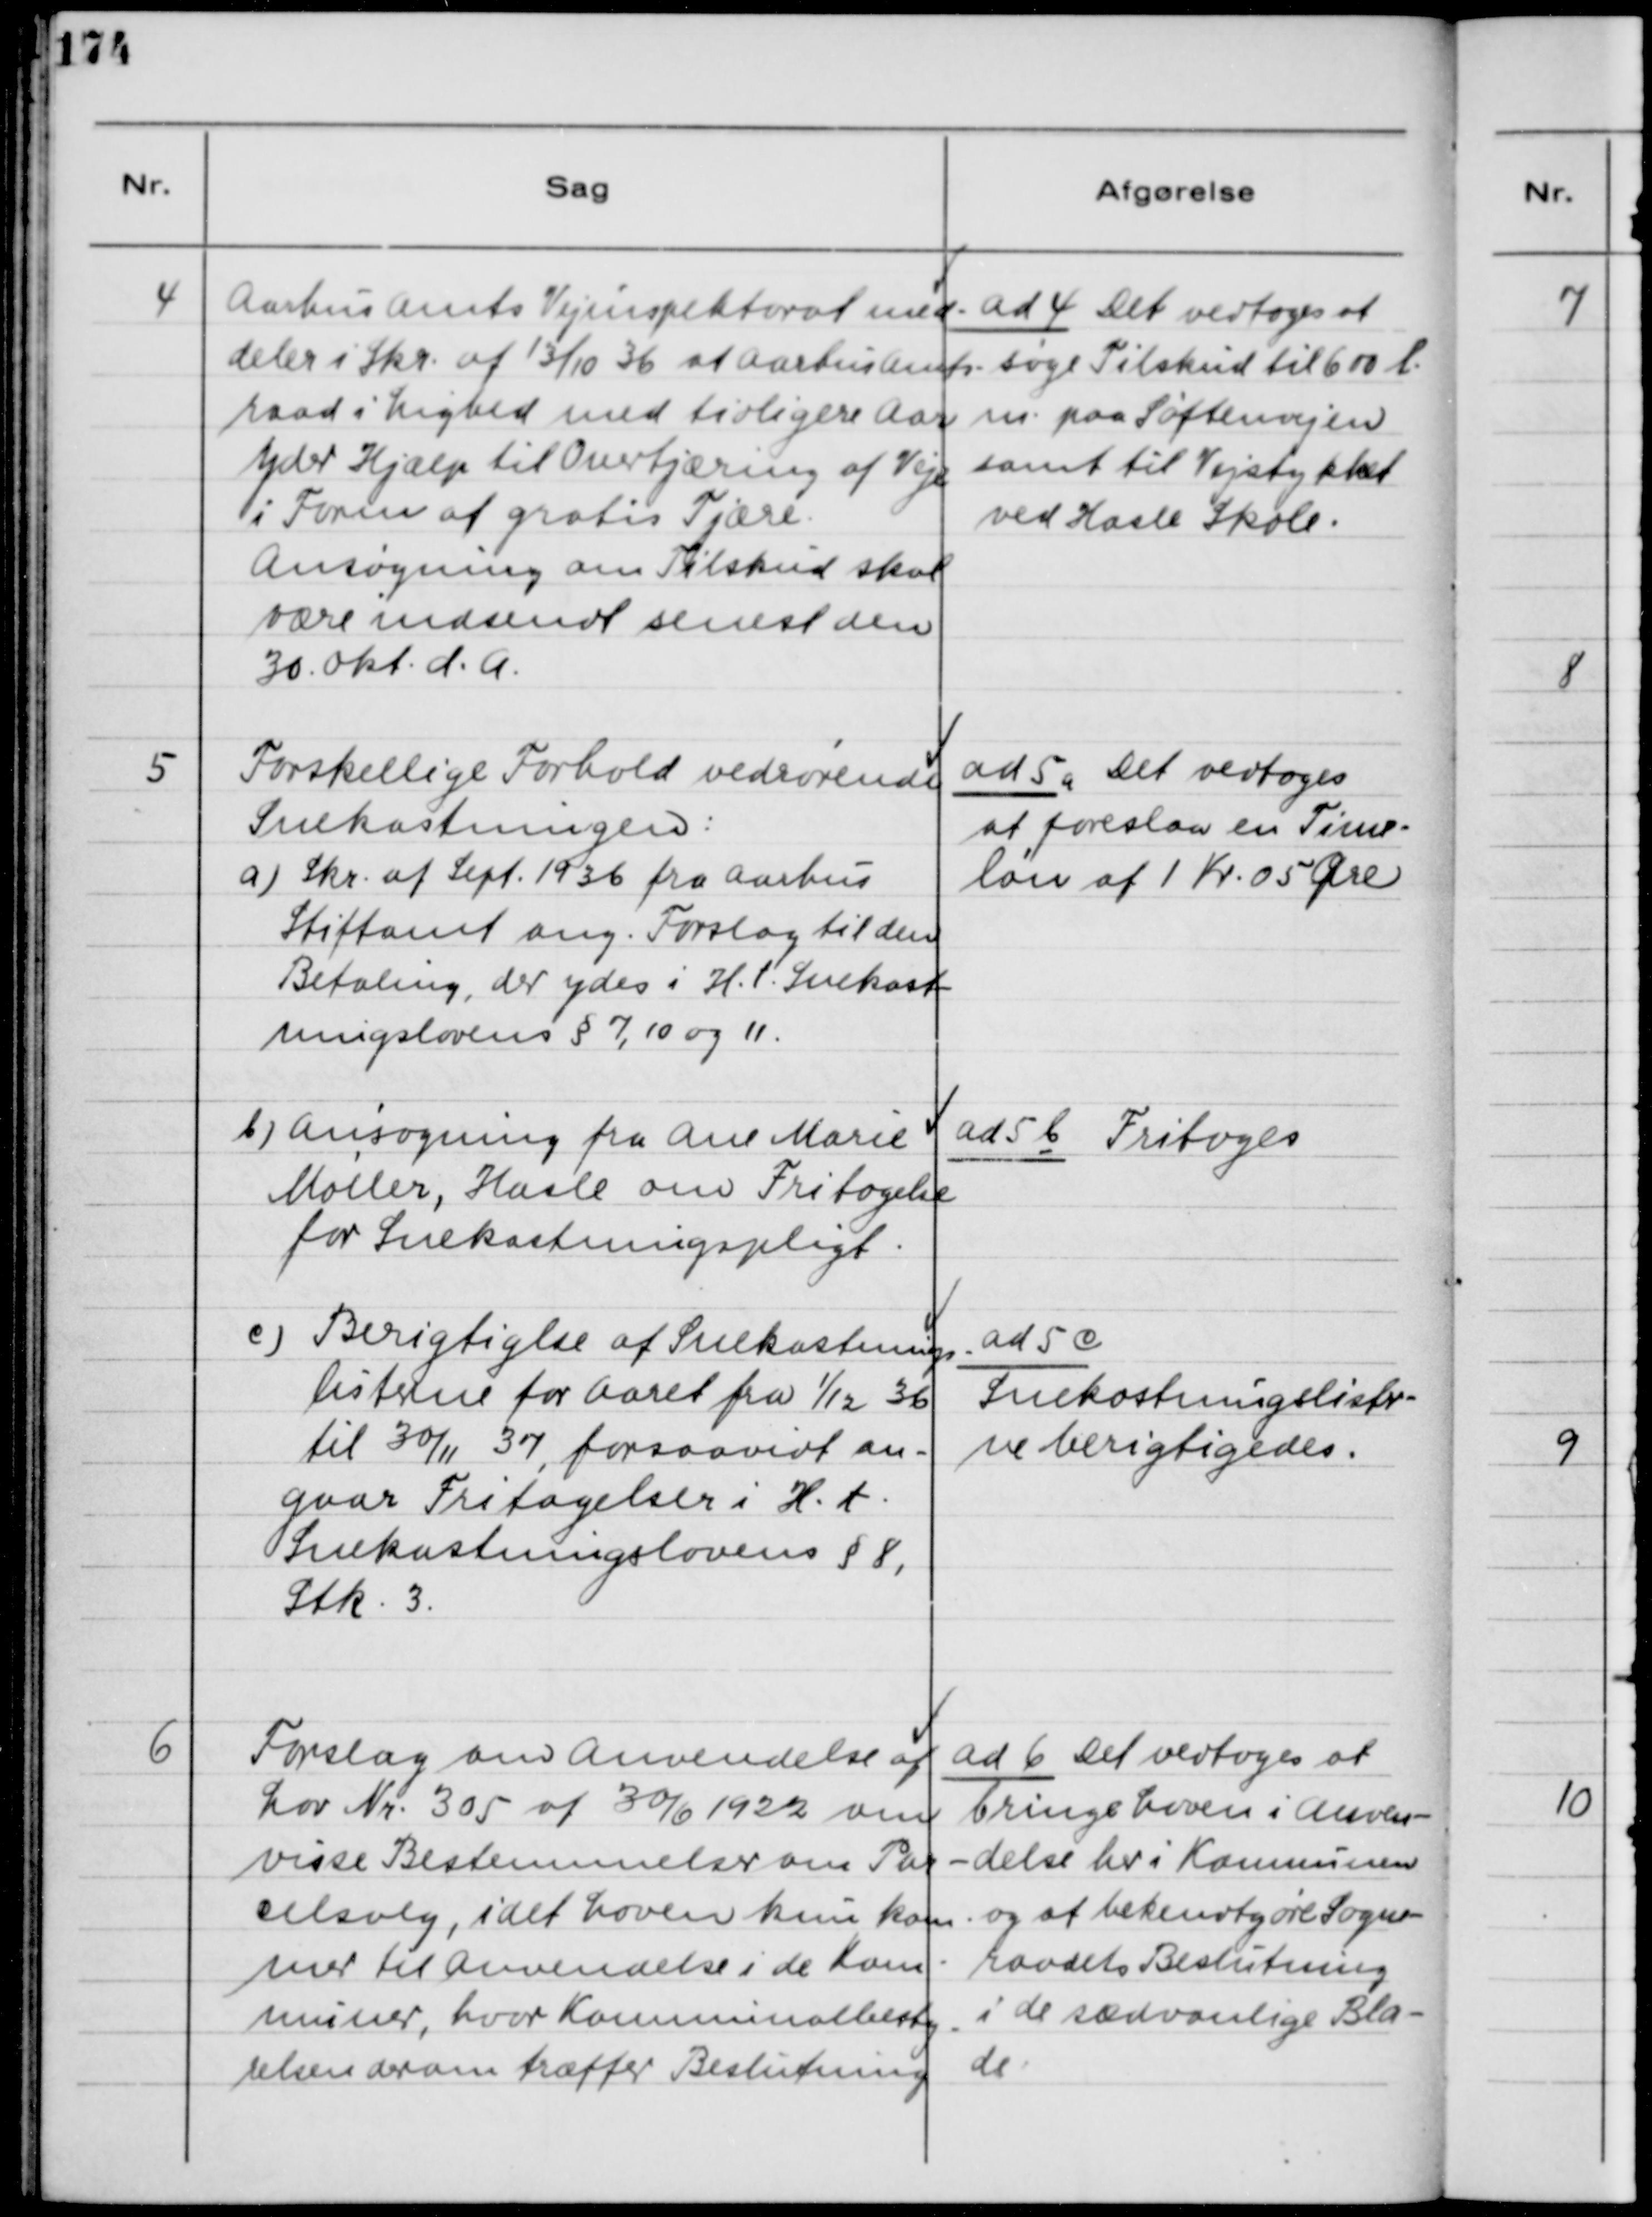
Transskription:
4
Aarhus Amts Vejinspektorat med-
deler i Skr. af 13/10 36 at Aarhus Amts-
raad i Lighed med tidligere Aar
yder Hjælp til Overtjæring af Veje
i Form af Gratis Tjære.
Ansøgning om tilskud skal
være indsendt senest den
30. Okt. d.A.
ad 4 Det vedtoges at
søge Tilskud til 600 L.
m. paa Søftenvejen
samt til Vejstykket
ved Hasle Skole.
5
Forskellige Forhold vedrørende
Snekastningen:
a) Skr. af Sept.  1936 fra Aarhus
Stiftamt ang. Forslag til den
Befaling, der ydes i H.t. Snekast-
ningslovens § 7, 10 og 11.
ad 5 a Det vedtoges
at foreslaa en Time-
løn af 1 Kr. 05 Øre
b) Ansøgning fra Ane Marie
Møller, Hasle om Fritagelse
for Snekastningspligt.
ad 5 b Fritages
c) Berigtigelse af Snekastnings-
listerne for Aaret fra 1/12 36
til 30/11 37 forsaavidt an-
gaar Fritagelser i H.t.
Snekastningslovens § 8,
Stk 3.
ad 5 c
Snekastningslister-
ne berigtigedes.
6
Forslag om Anvendelse af
Lov Nr. 305 af 30/6 1922 om
visse Bestemmelser om Par-
celsalg, idet Loven kun kom-
mer til Anvendelse i de Kom-
muner, hvor Kommunalbesty-
relsen derom træffer Beslutning
ad 6 Det vedtoges at
bringe Loven i Anven-
delse her i Kommunen
og at bekendtgøre Sogne-
raadets Beslutning
i de sædvanlige Bla-
de.